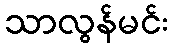
သာလွန်မင်း